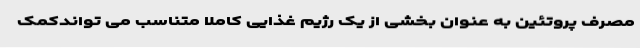
مصرف پروتئین به عنوان بخشی از یک رژیم غذایی کاملا متناسب می تواندکمک